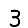
Digit: 3